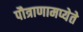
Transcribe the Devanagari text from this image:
पौत्राणामप्येते